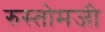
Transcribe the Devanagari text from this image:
रुस्तोमजी